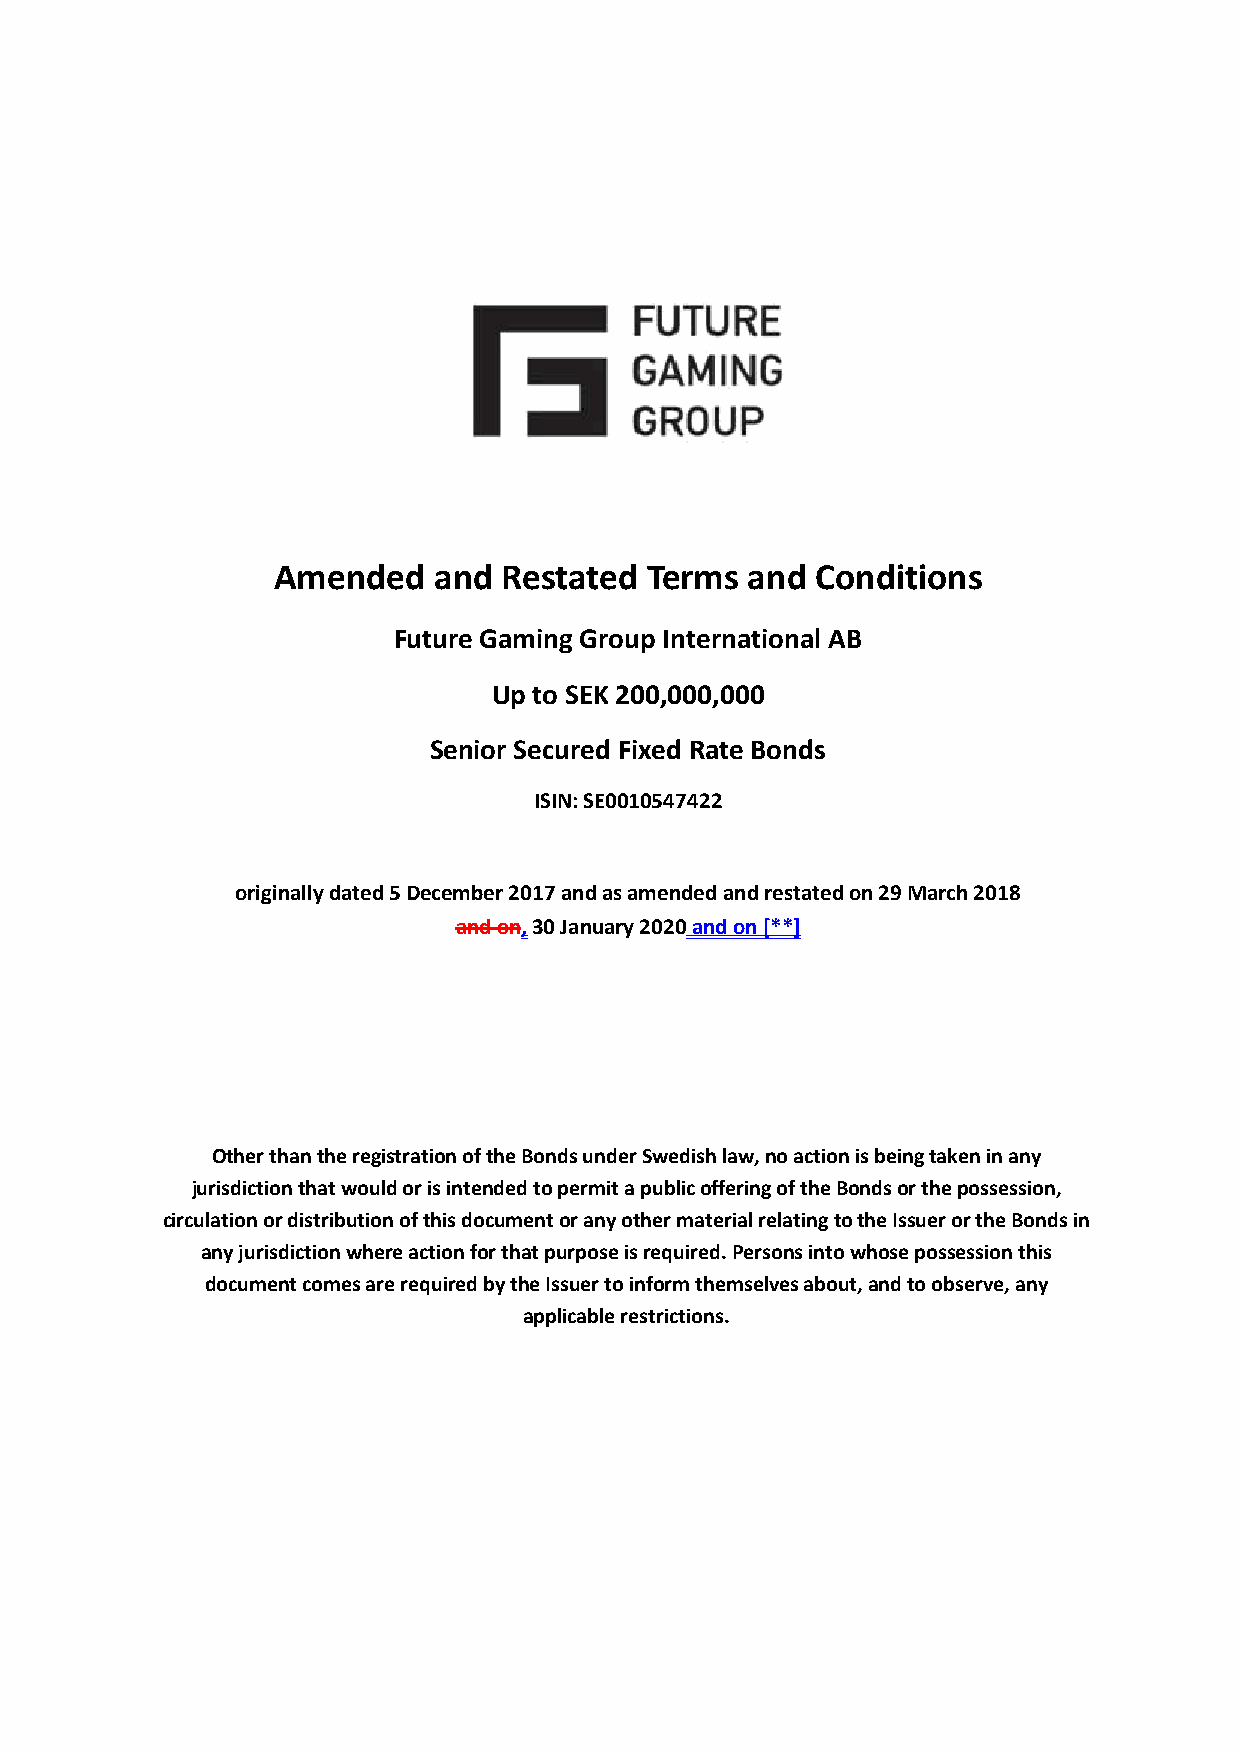
Amended    and Restated  Terms and  Conditions
 Future Gaming Group International AB
 Up to SEK 200,000,000
 Senior Secured Fixed Rate Bonds
 ISIN: SE0010547422
 originally dated 5 December 2017 and as amended and restated on 29 March 2018
 and on,30 January 2020andon [**]
 Other than the registration of the Bonds under Swedish law, no action is being taken in any
 jurisdiction that would or is intended to permit a public offering of the Bonds or the possession,
 circulation or distribution of this document or any other material relating to the Issuer or the Bonds in
 any jurisdiction where action for that purpose is required. Persons into whose possession this
 document comes are required by the Issuer to inform themselves about, and to observe, any
 applicable restrictions.